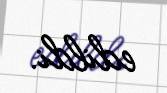
edildi.